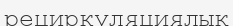
рециркуляциялық